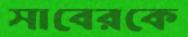
সাবেরকে